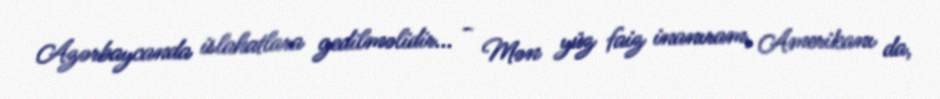
Azərbaycanda islahatlara gedilməlidir... - Mən yüz faiz inanıram, Amerikanı da,